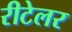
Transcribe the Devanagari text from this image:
रीटेलर